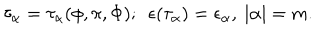
\tau _ { \alpha } = \tau _ { \alpha } ( \phi , \pi , \Phi ) ; ~ ~ \epsilon ( \tau _ { \alpha } ) = \epsilon _ { \alpha } , { } ~ | \alpha | = m .